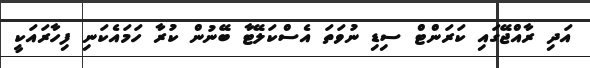
އަދި ރާއްޖޭގައި ކަރަންޓް ސިޑި ނުވަތަ އެސްކަލޭޓާ ބޭނުން ކުރާ ހަމައެކަނި ފިހާރައަކީ